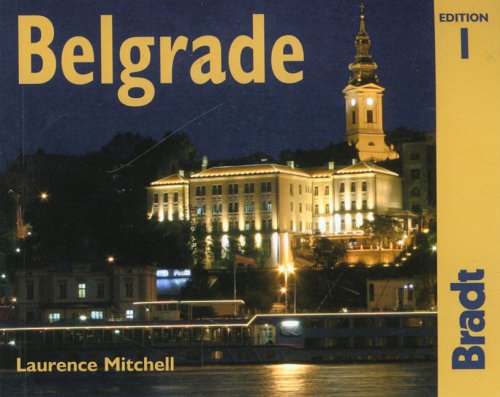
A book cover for Belgrade: The Bradt City Guide (Bradt Mini Guide); Laurence Mitchell; Travel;